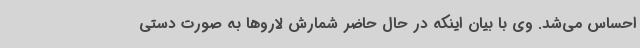
احساس می‌شد. وی با بیان اینکه در حال حاضر شمارش لاروها به صورت دستی